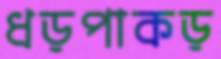
ধড়পাকড়